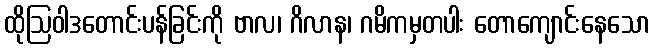
ထိုဩဝါဒတောင်းပန်ခြင်းကို ဗာလ၊ ဂိလာန၊ ဂမိကမှတပါး တောကျောင်းနေသော